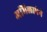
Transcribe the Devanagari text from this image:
अभिलाषेने